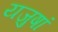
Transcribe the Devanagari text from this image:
यजुषां